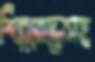
শিল্পবোদ্ধাসহ